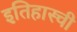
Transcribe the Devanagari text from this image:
इतिहास्ची